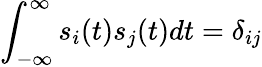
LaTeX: \int_{-\infty}^{\infty}s_{i}(t)s_{j}(t)dt=\delta_{ij}